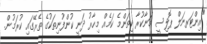
"އިންޓަރނަލް ޕޮލިސީ މަނާކުރާ ކިތަންމެ ކަމެއް މިހާރު ދަނީ ކުންފުނިތަކުގެ ތެރޭގައި ކުރަމުން.